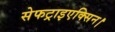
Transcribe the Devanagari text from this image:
सेफट्राइएक्सिन।